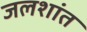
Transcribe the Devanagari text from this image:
जलशांत